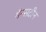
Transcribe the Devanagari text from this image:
मैन्सटीन